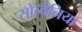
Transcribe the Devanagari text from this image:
सोल्वेनिया